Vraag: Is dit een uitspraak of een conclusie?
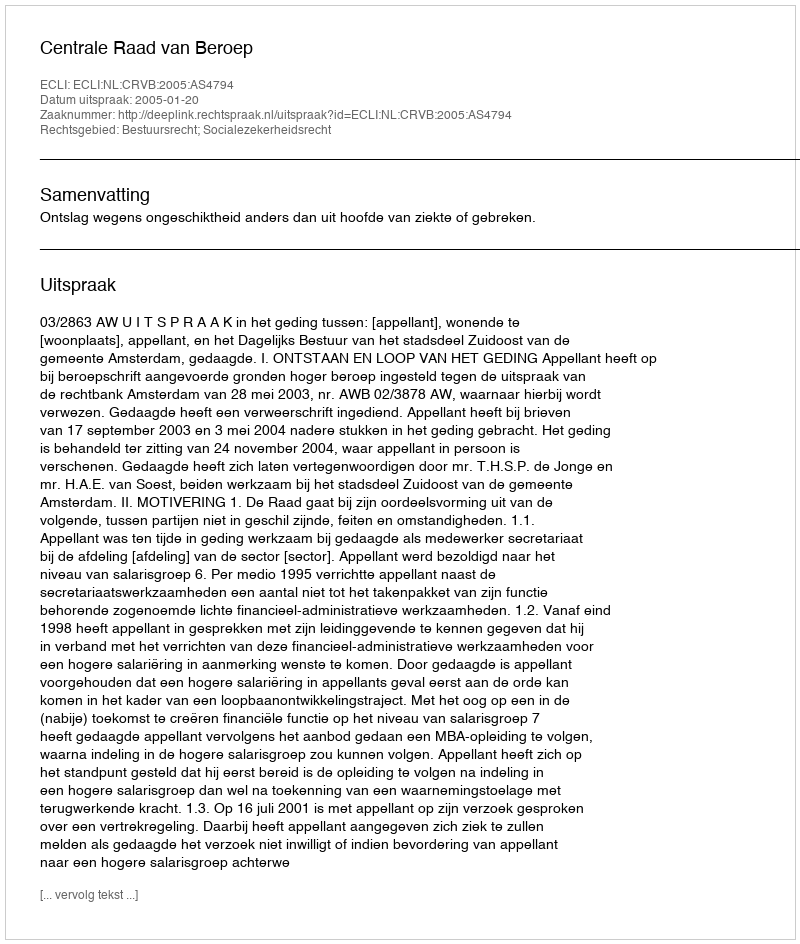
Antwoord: Uitspraak